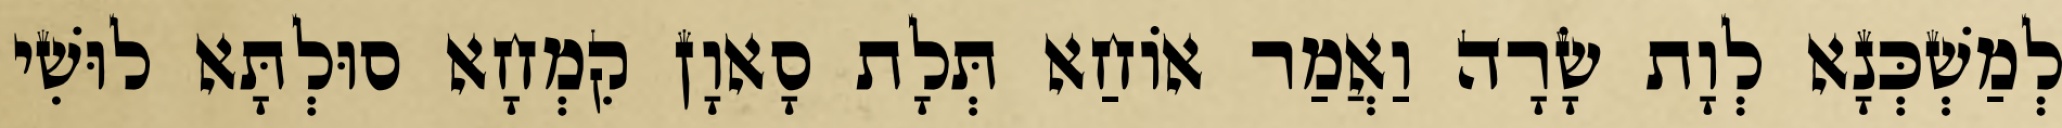
לְמַשְׁכְּנָא לְוָת שָׂרָה וַאֲמַר אוֹחַא תְּלָת סָאוָן קִמְחָא סוּלְתָּא לוּשִׁי